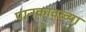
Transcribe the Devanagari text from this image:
पानकावळ्या